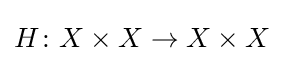
H\colon X\times X\to X\times X